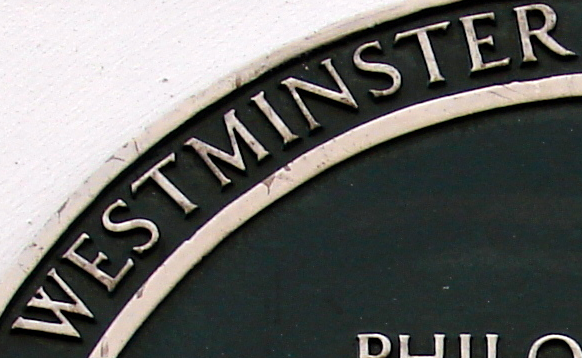
WESTMINSTER